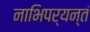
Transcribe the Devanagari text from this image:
नाभिपर्यन्तं